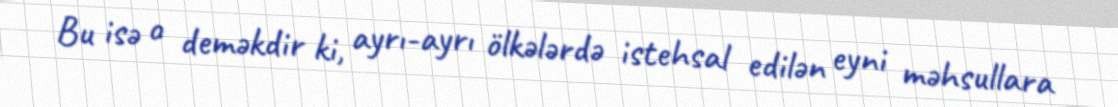
Bu isə o deməkdir ki, ayrı-ayrı ölkələrdə istehsal edilən eyni məhsullara